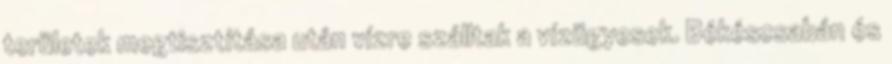
területek megtisztítása után vízre szálltak a vízügyesek. Békéscsabán és